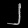
Digit: ၂